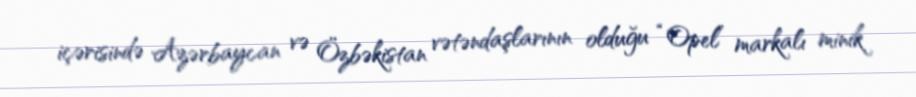
içərisində Azərbaycan və Özbəkistan vətəndaşlarının olduğu “Opel” markalı minik